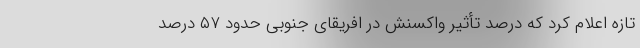
تازه اعلام کرد که درصد تأثیر واکسنش در افریقای جنوبی حدود ۵۷ درصد